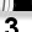
Digit: 3